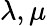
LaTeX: \lambda,\mu